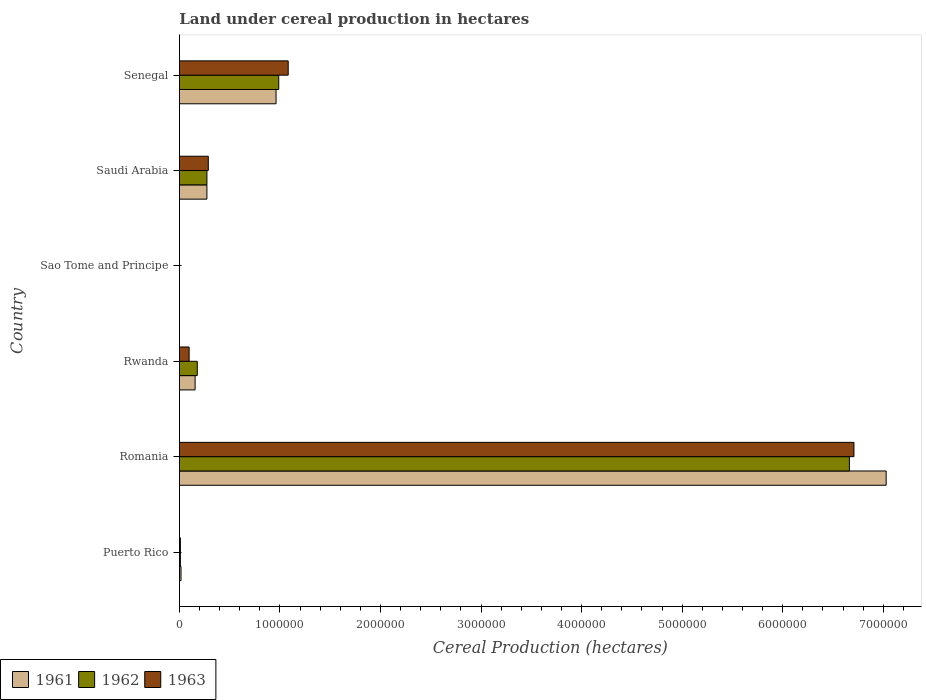
| Country | 1961 | 1962 | 1963 |
 | --- | --- | --- | --- |
 | Puerto Rico | 1.59e+04 | 9.49e+03 | 9.52e+03 |
 | Romania | 7.03e+06 | 6.66e+06 | 6.71e+06 |
 | Rwanda | 1.56e+05 | 1.78e+05 | 9.66e+04 |
 | Sao Tome and Principe | 270 | 270 | 270 |
 | Saudi Arabia | 2.74e+05 | 2.74e+05 | 2.87e+05 |
 | Senegal | 9.61e+05 | 9.88e+05 | 1.08e+06 |